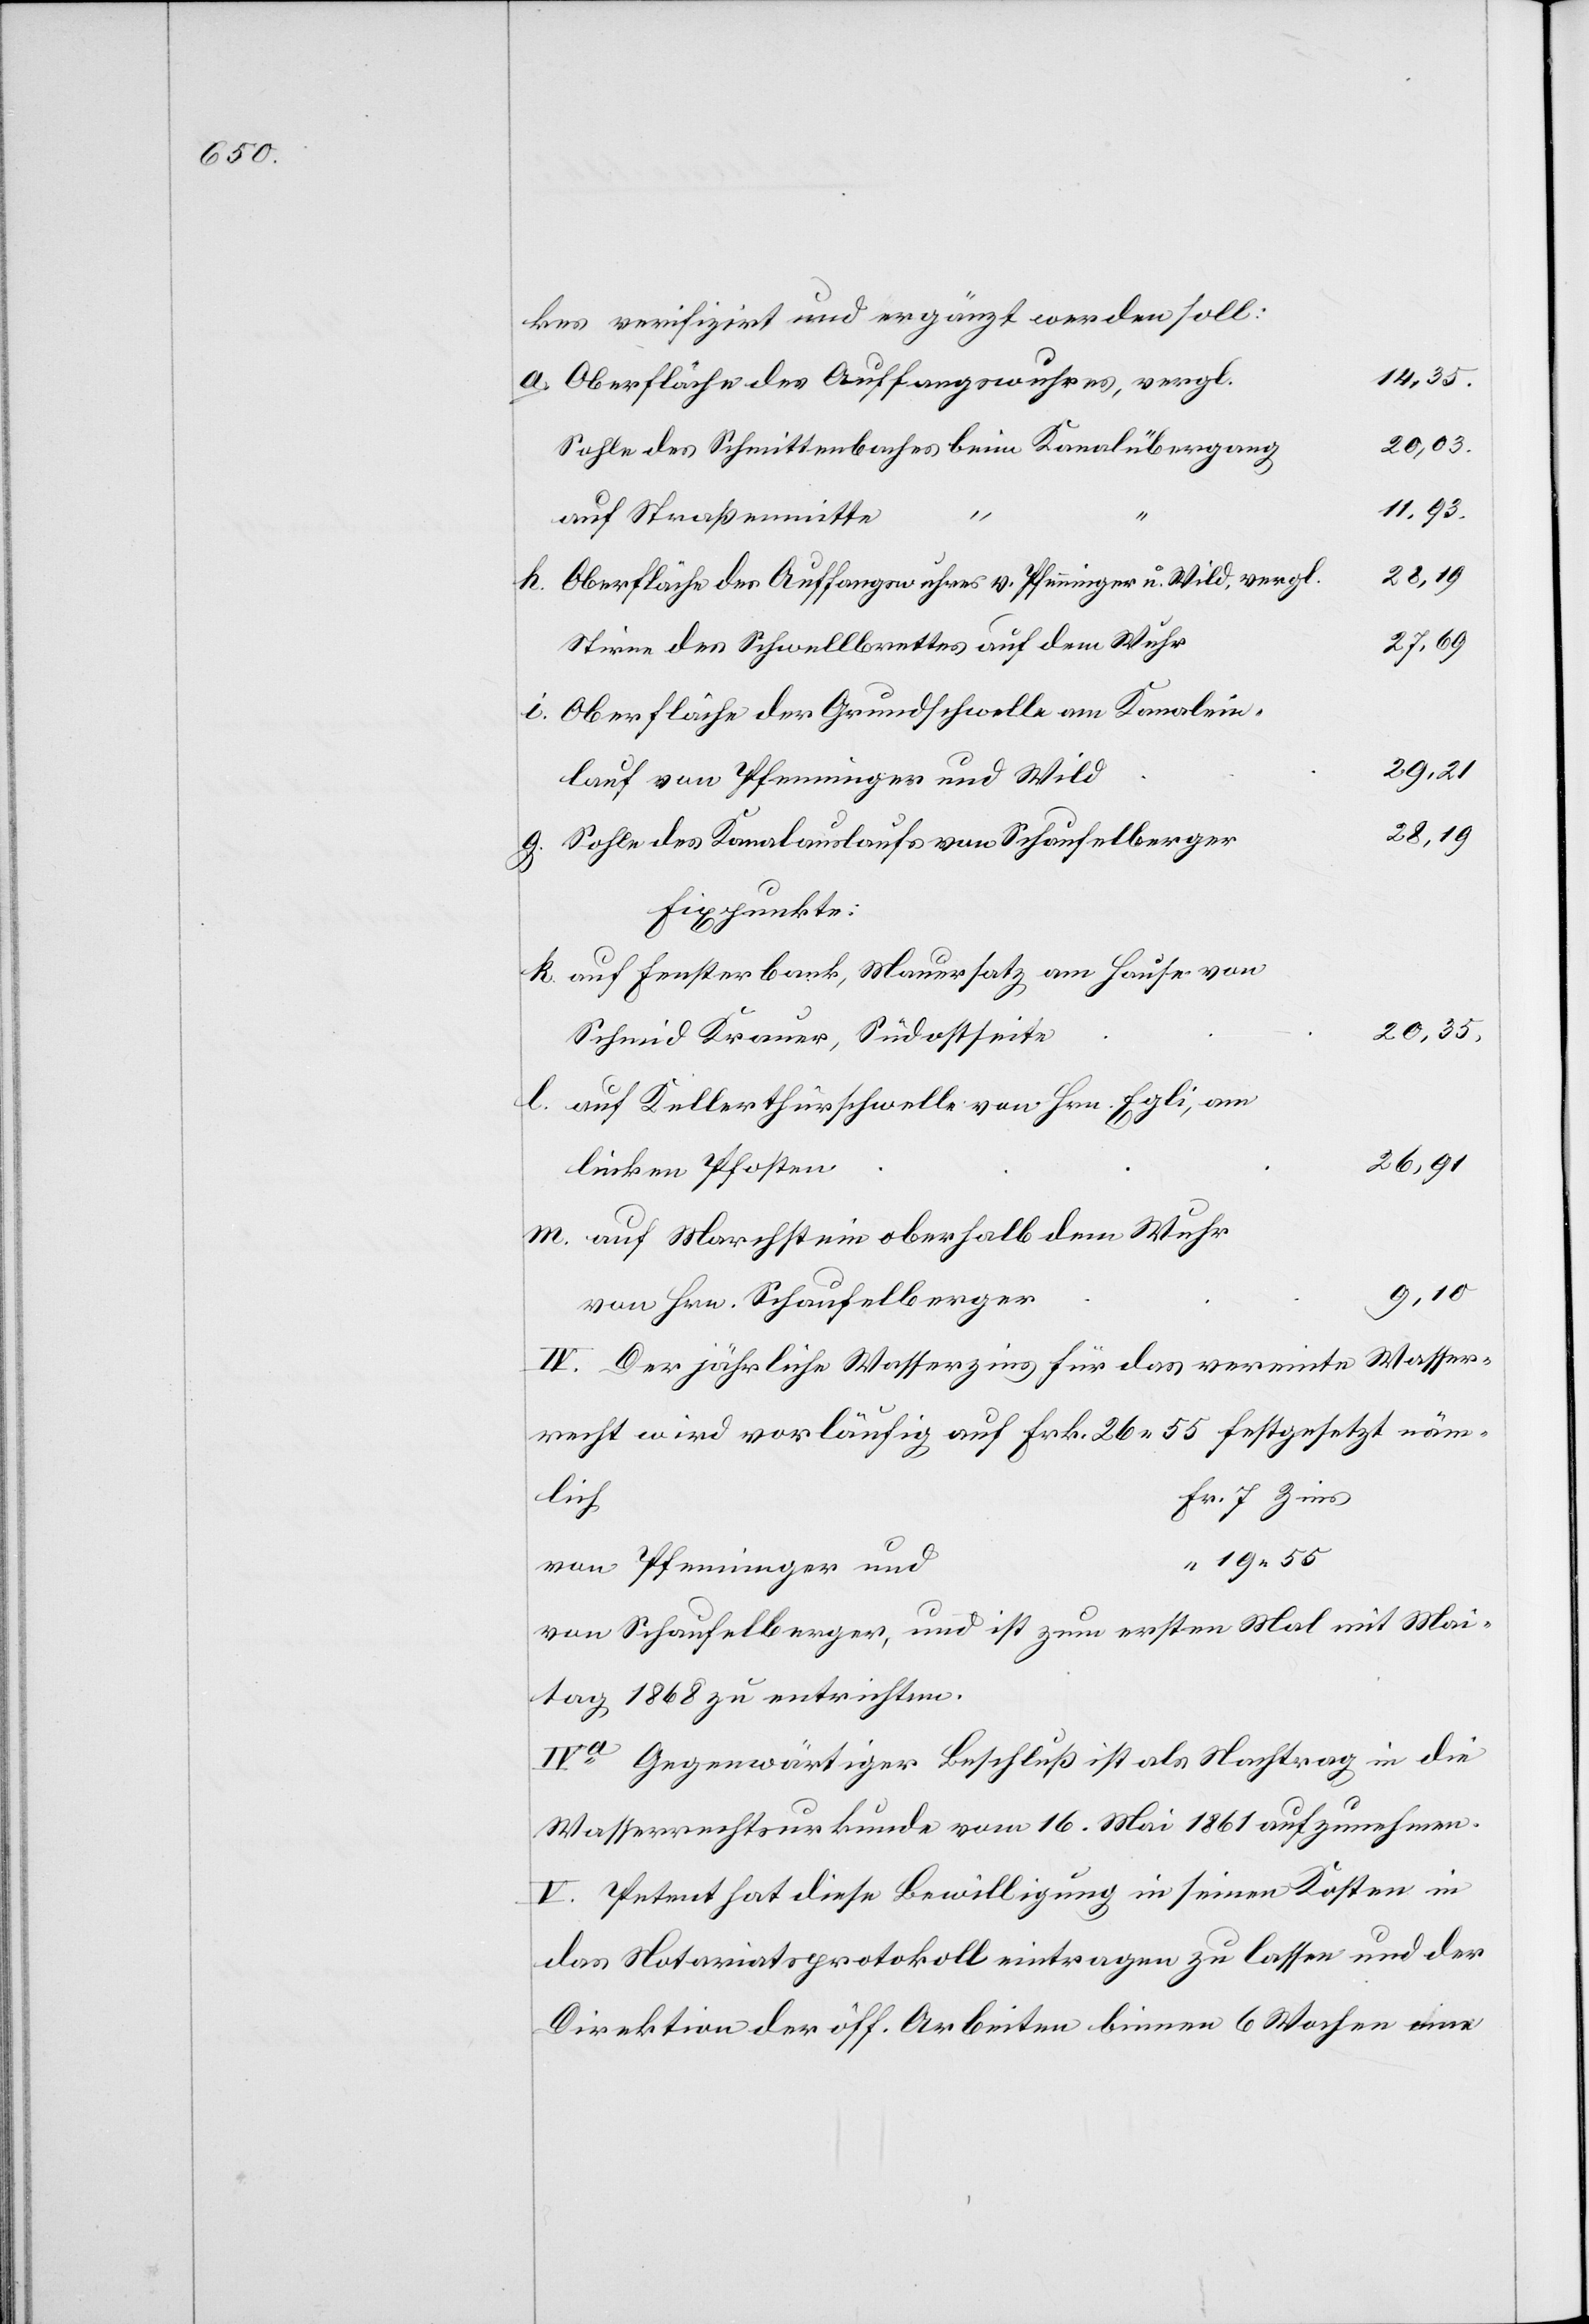
kes verifizirt und ergänzt werden soll:
14,35.
Oberfläche des Auffangswuhres, vergl.
20,03.
Sohle des Schmittenbaches beim Kanalübergang
11,93.
m.
auf Straßenmitte
28,19.
Oberfläche des Auffangswuhres v. Pfenninger u. Wild, vergl.
27,69.
Stirn des Schwellbrettes auf dem Wuhr
Oberfläche der Grundschwelle am Kanalein¬
lauf von Pfenninger und Wild
Sohle des Kanalauslaufs von Schaufelberger
Fixpunkte:
auf Fensterbank, Mauerplatz am Hause von
20,35.
Schmid Krauer, Südostseite
auf Kellerthürschwelle von Hrn. Egli, am
26,91.
linken Pfosten
auf Marchstein oberhalb dem Wuhr
9,10.
von Hrn. Schaufelberger
IV. Der jährliche Wasserzins für das vereinte Wasser¬
recht wird vorläufig auf Frk. 26,55 festgesetzt näm¬
Fr. 7 Zins
lich
“ 19.55
von Pfenninger und
von Schaufelberger, und ist zum ersten Mal mit Mai¬
tag 1868 zu entrichten.
IVa. Gegenwärtiger Beschluß ist als Nachtrag in die
“
Wasserrechtsurkunde vom 16. Mai 1861 aufzunehmen.
V. Petent hat diese Bewilligung in seinen Kosten in
das Notariatsprotokoll eintragen zu lassen und der
Direktion der öff. Arbeiten binnen 6 Wochen eine